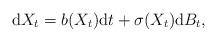
LaTeX: \begin{align*}\mathrm{d}X_{t}=b(X_{t})\mathrm{d}t+\sigma(X_{t})\mathrm{d}B_{t},\end{align*}